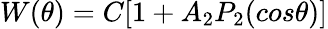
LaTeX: W(\theta)=C[1+A_{2}P_{2}(cos\theta)]